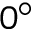
0 ^ { \circ }